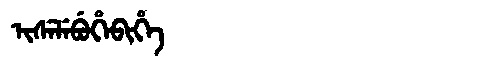
Manchu: ᡳᠰᡝᠯᡝᠪᡠᡥᡝᠪᡳᡥᡝ
Romanization: ISELEBUHEBIHE